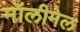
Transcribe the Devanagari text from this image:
मॉलीमेल